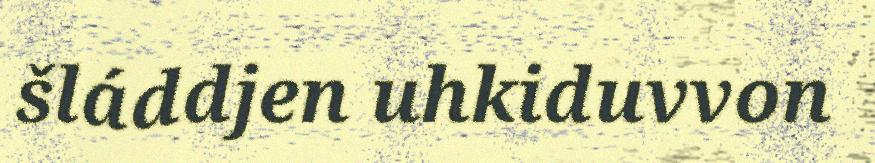
šláddjen uhkiduvvon